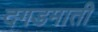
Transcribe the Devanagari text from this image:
दगडमाती